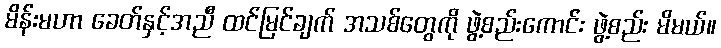
မိန်းမဟာ ခေတ်နှင့်အညီ ထင်မြင်ချက် အသစ်တွေကို ဖွဲ့စည်းကောင်း ဖွဲ့စည်း မိမယ်။